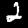
Digit: 2